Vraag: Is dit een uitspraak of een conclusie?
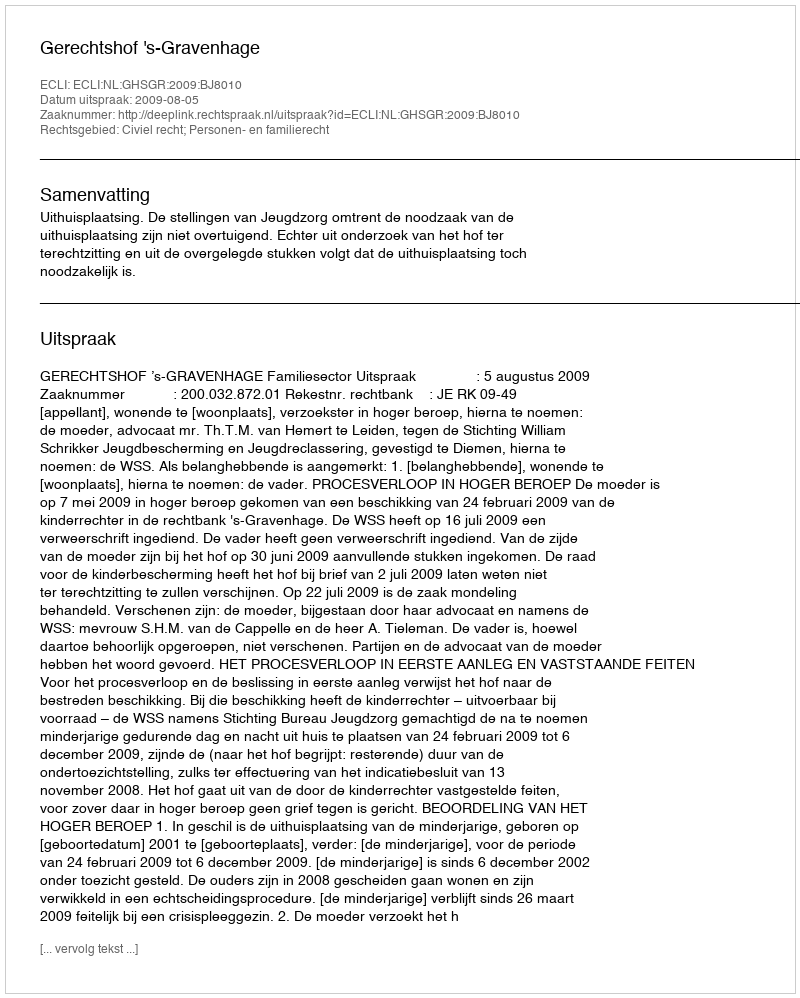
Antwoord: Uitspraak